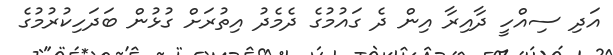
އަދި ސިއްހީ ދާއިރާ އިން ދެ ގައުމުގެ ދެމެދު އިތުރަށް ގުޅުން ބަދަހިކުރުމުގެ